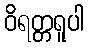
ဝိရတ္တရူပါ